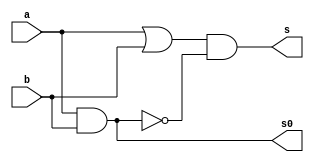
// ---------------------
// FULL-ADDER-3B
// Nome: Daniel Sathler Silva
// ---------------------

// ---------------------
// -- halfadder
// ---------------------

module halfadder (s, s0, a, b);
 output s, s0;
 input  a, b;

 wire s, s0, s1, s2;
 reg p,q;
 
 or OR1(s1, a, b);
 and AND1(s0, a, b);
 not NOT1(s2, s0);
 and AND2(s, s1, s2); 

endmodule // halfadder

// ---------------------
// -- fulladder
// ---------------------

module fulladder (s, s0, Cin, a, b);
 output s, s0;
 input  Cin, a, b;

 wire s, s0, s1, s2, s3;
 reg p,q,r;
 
 halfadder HALFADDER1(s1, s2, a, b);
 halfadder HALFADDER2(s, s3, Cin, s1);
 or OR1(s0, s2, s3);
 

endmodule // fulladder

// ---------------------
// -- fulladder3b
// ---------------------


module fulladder3b (s0, s1, s2, s3, Cin, a, b, c, a1, b1, c1);
 output s0, s1, s2, s3;
 input  Cin, a, b, c, a1, b1, c1;

 fulladder FULLADDER1(s0, s4, Cin, a, a1);
 fulladder FULLADDER2(s1, s5, s4, b, b1);
 fulladder FULLADDER3(s2, s3, s5, c, c1);
 

endmodule // fulladder3b

// ---------------------
// -- test fulladder
// ---------------------

module testfulladder;
 reg   Cin, a, b, c, a1, b1, c1;             
 wire  s0, s1, s2, s3;
          
			 // instancia
	fulladder3b FULLADDER3B1 (s0, s1, s2, s3, Cin, a, b, c, a1, b1, c1);
	
		 // parte principal
 initial begin
 
      $display("FULLADDER3B - Daniel Sathler Silva - 405795");
      $display("Test FULLADDER3B");
      $display("\n(c)  a    +   b   = s\n");
      $monitor("(%b) %b %b %b + %b %b %b = %b %b %b %b", Cin, a, b, c, a1, b1, c1, s0, s1, s2, s3);
  #1  Cin=0; a=0; b=0; c=0; a1=0; b1=0; c1=0;
  #1  Cin=0; a=0; b=0; c=1; a1=0; b1=0; c1=1;
  #1  Cin=0; a=0; b=1; c=0; a1=0; b1=1; c1=0;
  #1  Cin=0; a=0; b=1; c=1; a1=0; b1=1; c1=1;
  #1  Cin=0; a=1; b=0; c=0; a1=1; b1=0; c1=0;
  #1  Cin=0; a=1; b=0; c=1; a1=1; b1=0; c1=1;
  #1  Cin=0; a=1; b=1; c=0; a1=1; b1=1; c1=0;
  #1  Cin=0; a=1; b=1; c=1; a1=1; b1=1; c1=1;
 
  
 
 end

endmodule // testfulladder3b